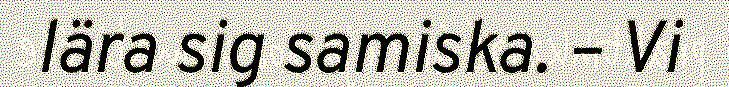
lära sig samiska. – Vi